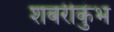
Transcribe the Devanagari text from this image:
शबरीकुंभ